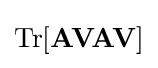
\mathrm {Tr} [\mathbf {A} \mathbf {V} \mathbf {A} \mathbf {V} ]